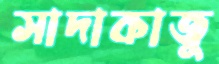
সাদাকাজু